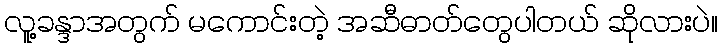
လူ့ခန္ဒာအတွက် မကောင်းတဲ့ အဆီဓာတ်တွေပါတယ် ဆိုလားပဲ။